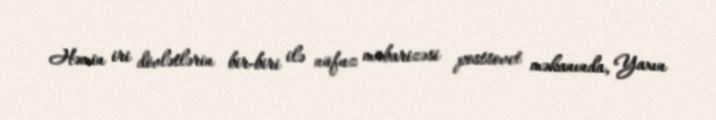
Həmin iri dövlətlərin bir-biri ilə nüfuz mübarizəsi postsovet məkanında, Yaxın